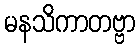
မနသိကာတဗ္ဗာ